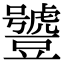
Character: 𧰑